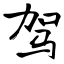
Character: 驾